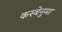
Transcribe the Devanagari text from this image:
कस्बेनुमा